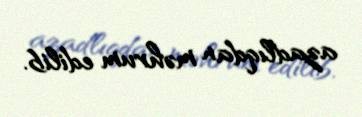
azadlıqdan məhrum edilib.